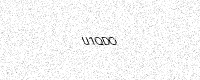
Text: U1QDO